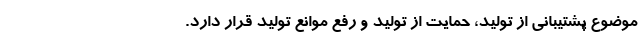
موضوع پشتیبانی از تولید، حمایت از تولید و رفع موانع تولید قرار دارد.